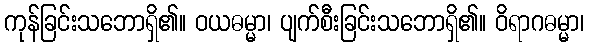
ကုန်ခြင်းသဘောရှိ၏။ ဝယဓမ္မာ၊ ပျက်စီးခြင်းသဘောရှိ၏။ ဝိရာဂဓမ္မာ၊